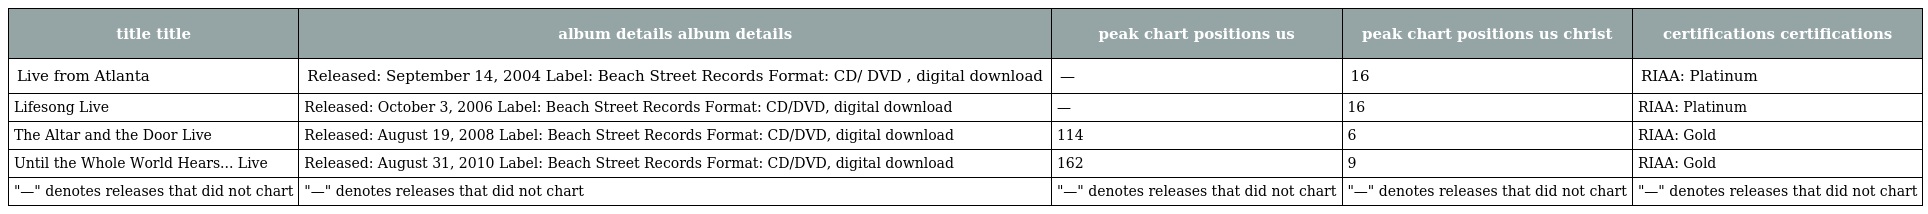
| title title | album details album details | peak chart positions us | peak chart positions us christ | certifications certifications |
 | --- | --- | --- | --- | --- |
 | Live from Atlanta | Released: September 14, 2004 Label: Beach Street Records Format: CD/ DVD , digital download | — | 16 | RIAA: Platinum |
 | Lifesong Live | Released: October 3, 2006 Label: Beach Street Records Format: CD/DVD, digital download | — | 16 | RIAA: Platinum |
 | The Altar and the Door Live | Released: August 19, 2008 Label: Beach Street Records Format: CD/DVD, digital download | 114 | 6 | RIAA: Gold |
 | Until the Whole World Hears... Live | Released: August 31, 2010 Label: Beach Street Records Format: CD/DVD, digital download | 162 | 9 | RIAA: Gold |
 | "—" denotes releases that did not chart | "—" denotes releases that did not chart | "—" denotes releases that did not chart | "—" denotes releases that did not chart | "—" denotes releases that did not chart |